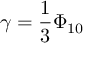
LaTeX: \gamma = \frac { 1 } { 3 } \Phi _ { 1 0 }